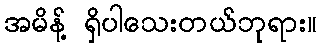
အမိန့် ရှိပါသေးတယ်ဘုရား။